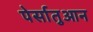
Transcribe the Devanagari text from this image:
पेर्सातुआन